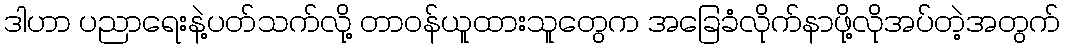
ဒါဟာ ပညာရေးနဲ့ပတ်သက်လို့ တာဝန်ယူထားသူတွေက အခြေခံလိုက်နာဖို့လိုအပ်တဲ့အတွက်